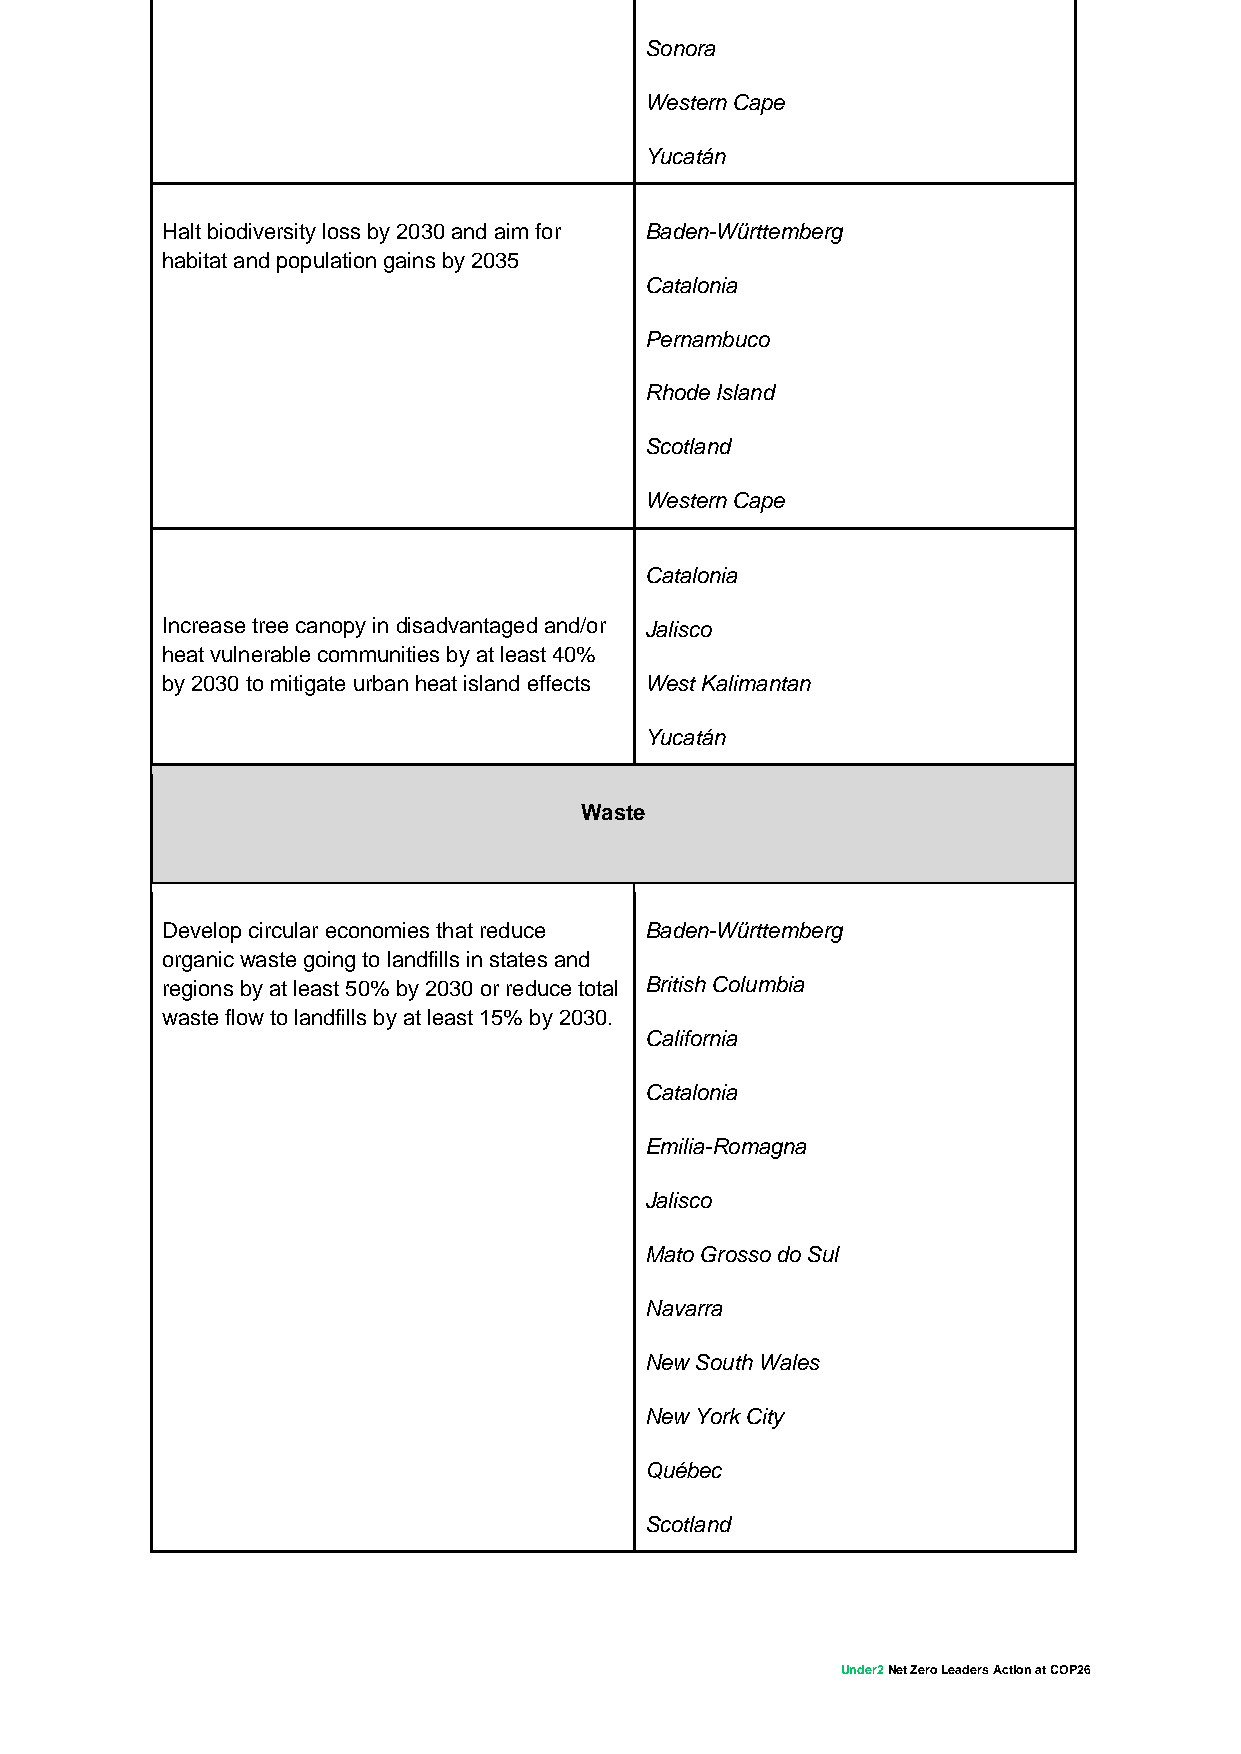
Sonora
 Western Cape
 Yucatán
 Halt biodiversity loss by 2030 and aim for Baden-Württemberg
 habitat and population gains by 2035
 Catalonia
 Pernambuco
 Rhode Island
 Scotland
 Western Cape
 Catalonia
 Increase tree canopy in disadvantaged and/or Jalisco
 heat vulnerable communities by at least 40%
 by 2030 to mitigate urban heat island effects West Kalimantan
 Yucatán
 Waste
 Develop circular economies that reduce Baden-Württemberg
 organic waste going to landfills in states and
 regions by at least 50% by 2030 or reduce total British Columbia
 waste flow to landfills by at least 15% by 2030.
 California
 Catalonia
 Emilia-Romagna
 Jalisco
 Mato Grosso do Sul
 Navarra
 New South Wales
 New York City
 Québec
 Scotland
 Under2 Net Zero Leaders Action at COP26